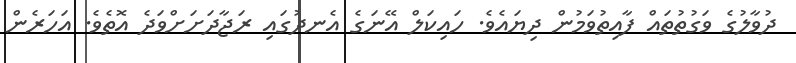
ދުވާލުގެ ވަގުތުތައް ފާއިތުވަމުން ދިޔައެވެ. ހައިކަލް އޭނަގެ އެނދުގައި ރަޖާދަށަށްވަދެ އޮތެވެ. އަހަރެން